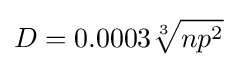
D=0.0003{\sqrt[{3}]{np^{2}}}